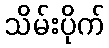
သိမ်းပိုက်